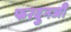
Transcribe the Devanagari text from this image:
फरदुनजी